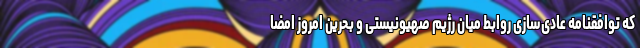
که توافقنامه عادی‌سازی روابط میان رژیم صهیونیستی و بحرین امروز امضا